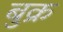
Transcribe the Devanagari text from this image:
बुक्र